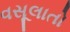
વસૂલાતો